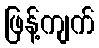
ဖြန့်ကျက်